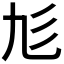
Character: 𢒂